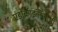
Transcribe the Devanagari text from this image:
एंडोक्राइनॉलोजी